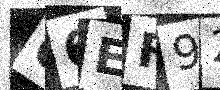
Text: 66EF92